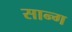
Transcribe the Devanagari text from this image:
सान्ग